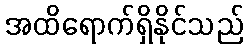
အထိရောက်ရှိနိုင်သည်